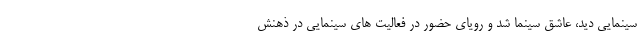
سینمایی دید، عاشق سینما شد و رویای حضور در فعالیت های سینمایی در ذهنش